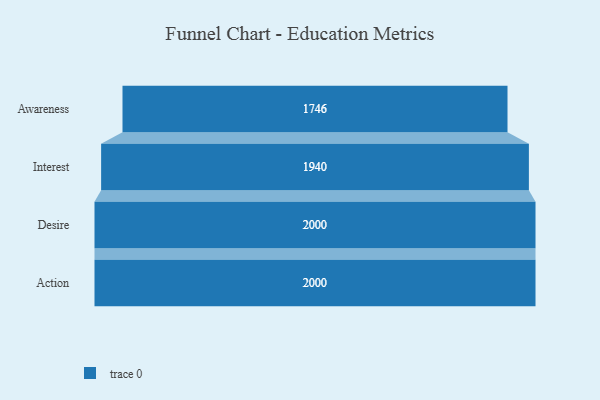
{"axis": {"x": "Stage", "y": "Value"}, "legend": [""], "data": [{"x": "Awareness", "y": 1746.0, "type": ""}, {"x": "Interest", "y": 1940.0, "type": ""}, {"x": "Desire", "y": 2000, "type": ""}, {"x": "Action", "y": 2000, "type": ""}]}